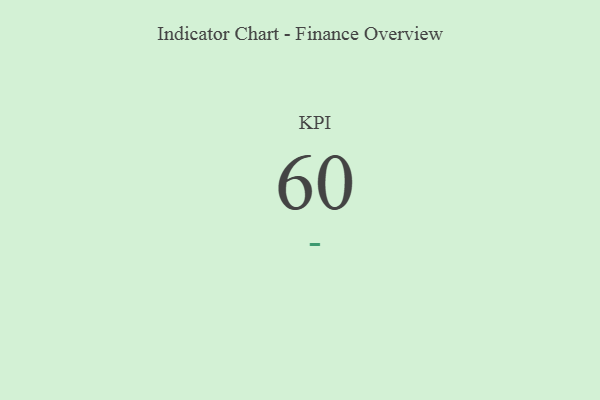
{"axis": {"x": "KPI", "y": "Value"}, "legend": [""], "data": [{"x": "KPI", "y": 60, "type": ""}]}